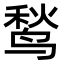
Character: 鹙